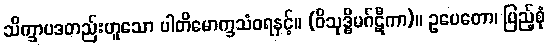
သိက္ခာပဒတည်းဟူသော ပါတိမောက္ခသံဝရနှင့်။ (ဝိသုဒ္ဓိမဂ်ဋီကာ)။ ဥပေတော၊ ပြည့်စုံ